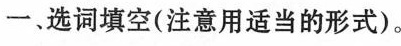
选词填空(注意用适当的形式)。